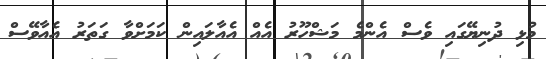
މުޅި ދުނިޔޭގައި ވެސް އެންމެ މަޝްހޫރު އެއް އެއާލައިން ކަމަށްވާ ގަތަރު އެއާވޭސް